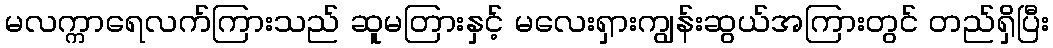
မလက္ကာရေလက်ကြားသည် ဆူမတြားနှင့် မလေးရှားကျွန်းဆွယ်အကြားတွင် တည်ရှိပြီး